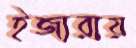
ইজারায়